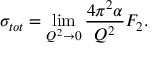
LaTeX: \sigma _ { t o t } = \operatorname * { l i m } _ { Q ^ { 2 } \rightarrow 0 } \frac { 4 \pi ^ { 2 } \alpha } { Q ^ { 2 } } F _ { 2 } .